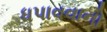
ધપાવવાનો